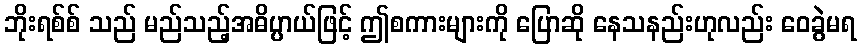
ဘိုးရစ်စ် သည် မည်သည့်အဓိပ္ပာယ်ဖြင့် ဤစကားများကို ပြောဆို နေသနည်းဟုလည်း ဝေခွဲမရ